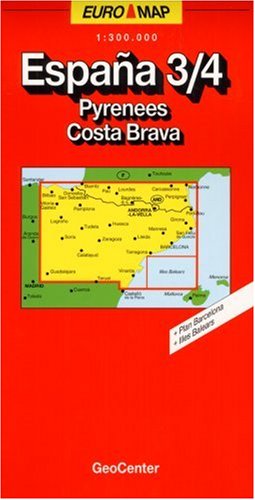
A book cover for Carte routiÃ¨re : Espagne - 3/4 PyrÃ©nÃ©es - Costa Brava; Travel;